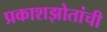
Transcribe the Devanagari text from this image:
प्रकाशझोतांची